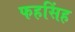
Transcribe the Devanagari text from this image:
फहसिंह